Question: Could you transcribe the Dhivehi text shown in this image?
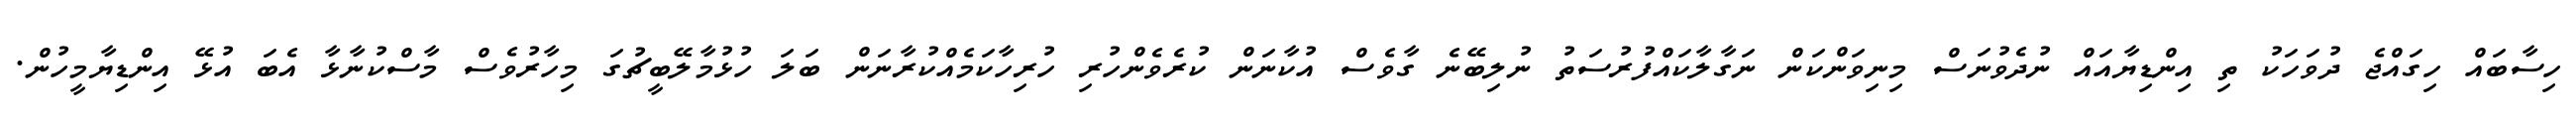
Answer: ހިސާބައް ހިގައްޖެ ދުވަހަކު ތި އިންޑިޔާއައް ނުދެވުނަސް މިނިވަންކަން ނަގާލާކައްފުރުސަތު ނުލިބޭނެ ގާވެސް އުކާނަން ކުރެވެންހުރި ހުރިހާކަމެއްކުރާނަން ބަލަ ހުޅުމާލޭބީޗުގަ މިހާރުވެސް މާސްކުނާޅާ އެބަ އުޅޭ އިންޑިޔާމީހުން.